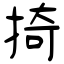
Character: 掎